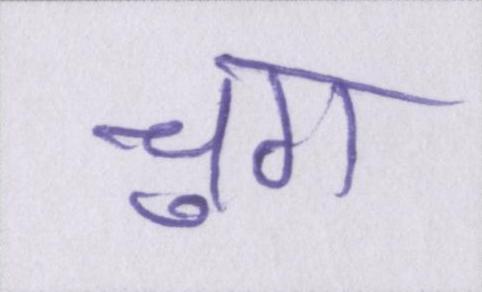
चुग